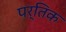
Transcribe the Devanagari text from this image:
पर्तिक